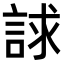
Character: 𧧷